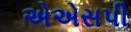
એએસપી